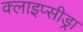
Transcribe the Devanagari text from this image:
क्लाइप्सीड्रा